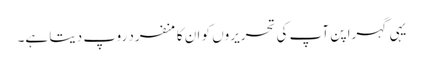
یہی گہرا پن آپ کی تحریروں کو ان کا منفرد روپ دیتا ہے۔